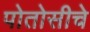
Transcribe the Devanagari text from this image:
पोतोसीचे